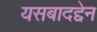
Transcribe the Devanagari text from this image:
यसबादद्देन